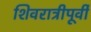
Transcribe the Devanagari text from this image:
शिवरात्रीपूर्वी